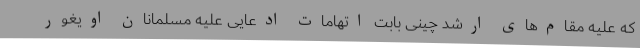
که علیه مقام‌های ارشد چینی بابت اتهامات ادعایی علیه مسلمانان اویغور